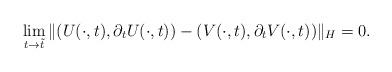
LaTeX: \begin{align*} \lim_{t \rightarrow \tilde{t}} \|(U(\cdot,t),\partial_t U (\cdot,t))- (V(\cdot,t), \partial_t V(\cdot,t))\|_H = 0.\end{align*}